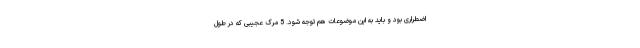
اضطراری بود و باید به این موضوعات هم توجه شود. 5 مرگ عجیبی که در طول